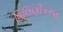
વિલિણીકરણ